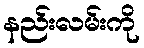
နည်းလမ်းကို